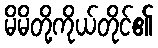
မိမိတို့ကိုယ်တိုင်၏